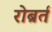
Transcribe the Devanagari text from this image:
रोब्रर्त